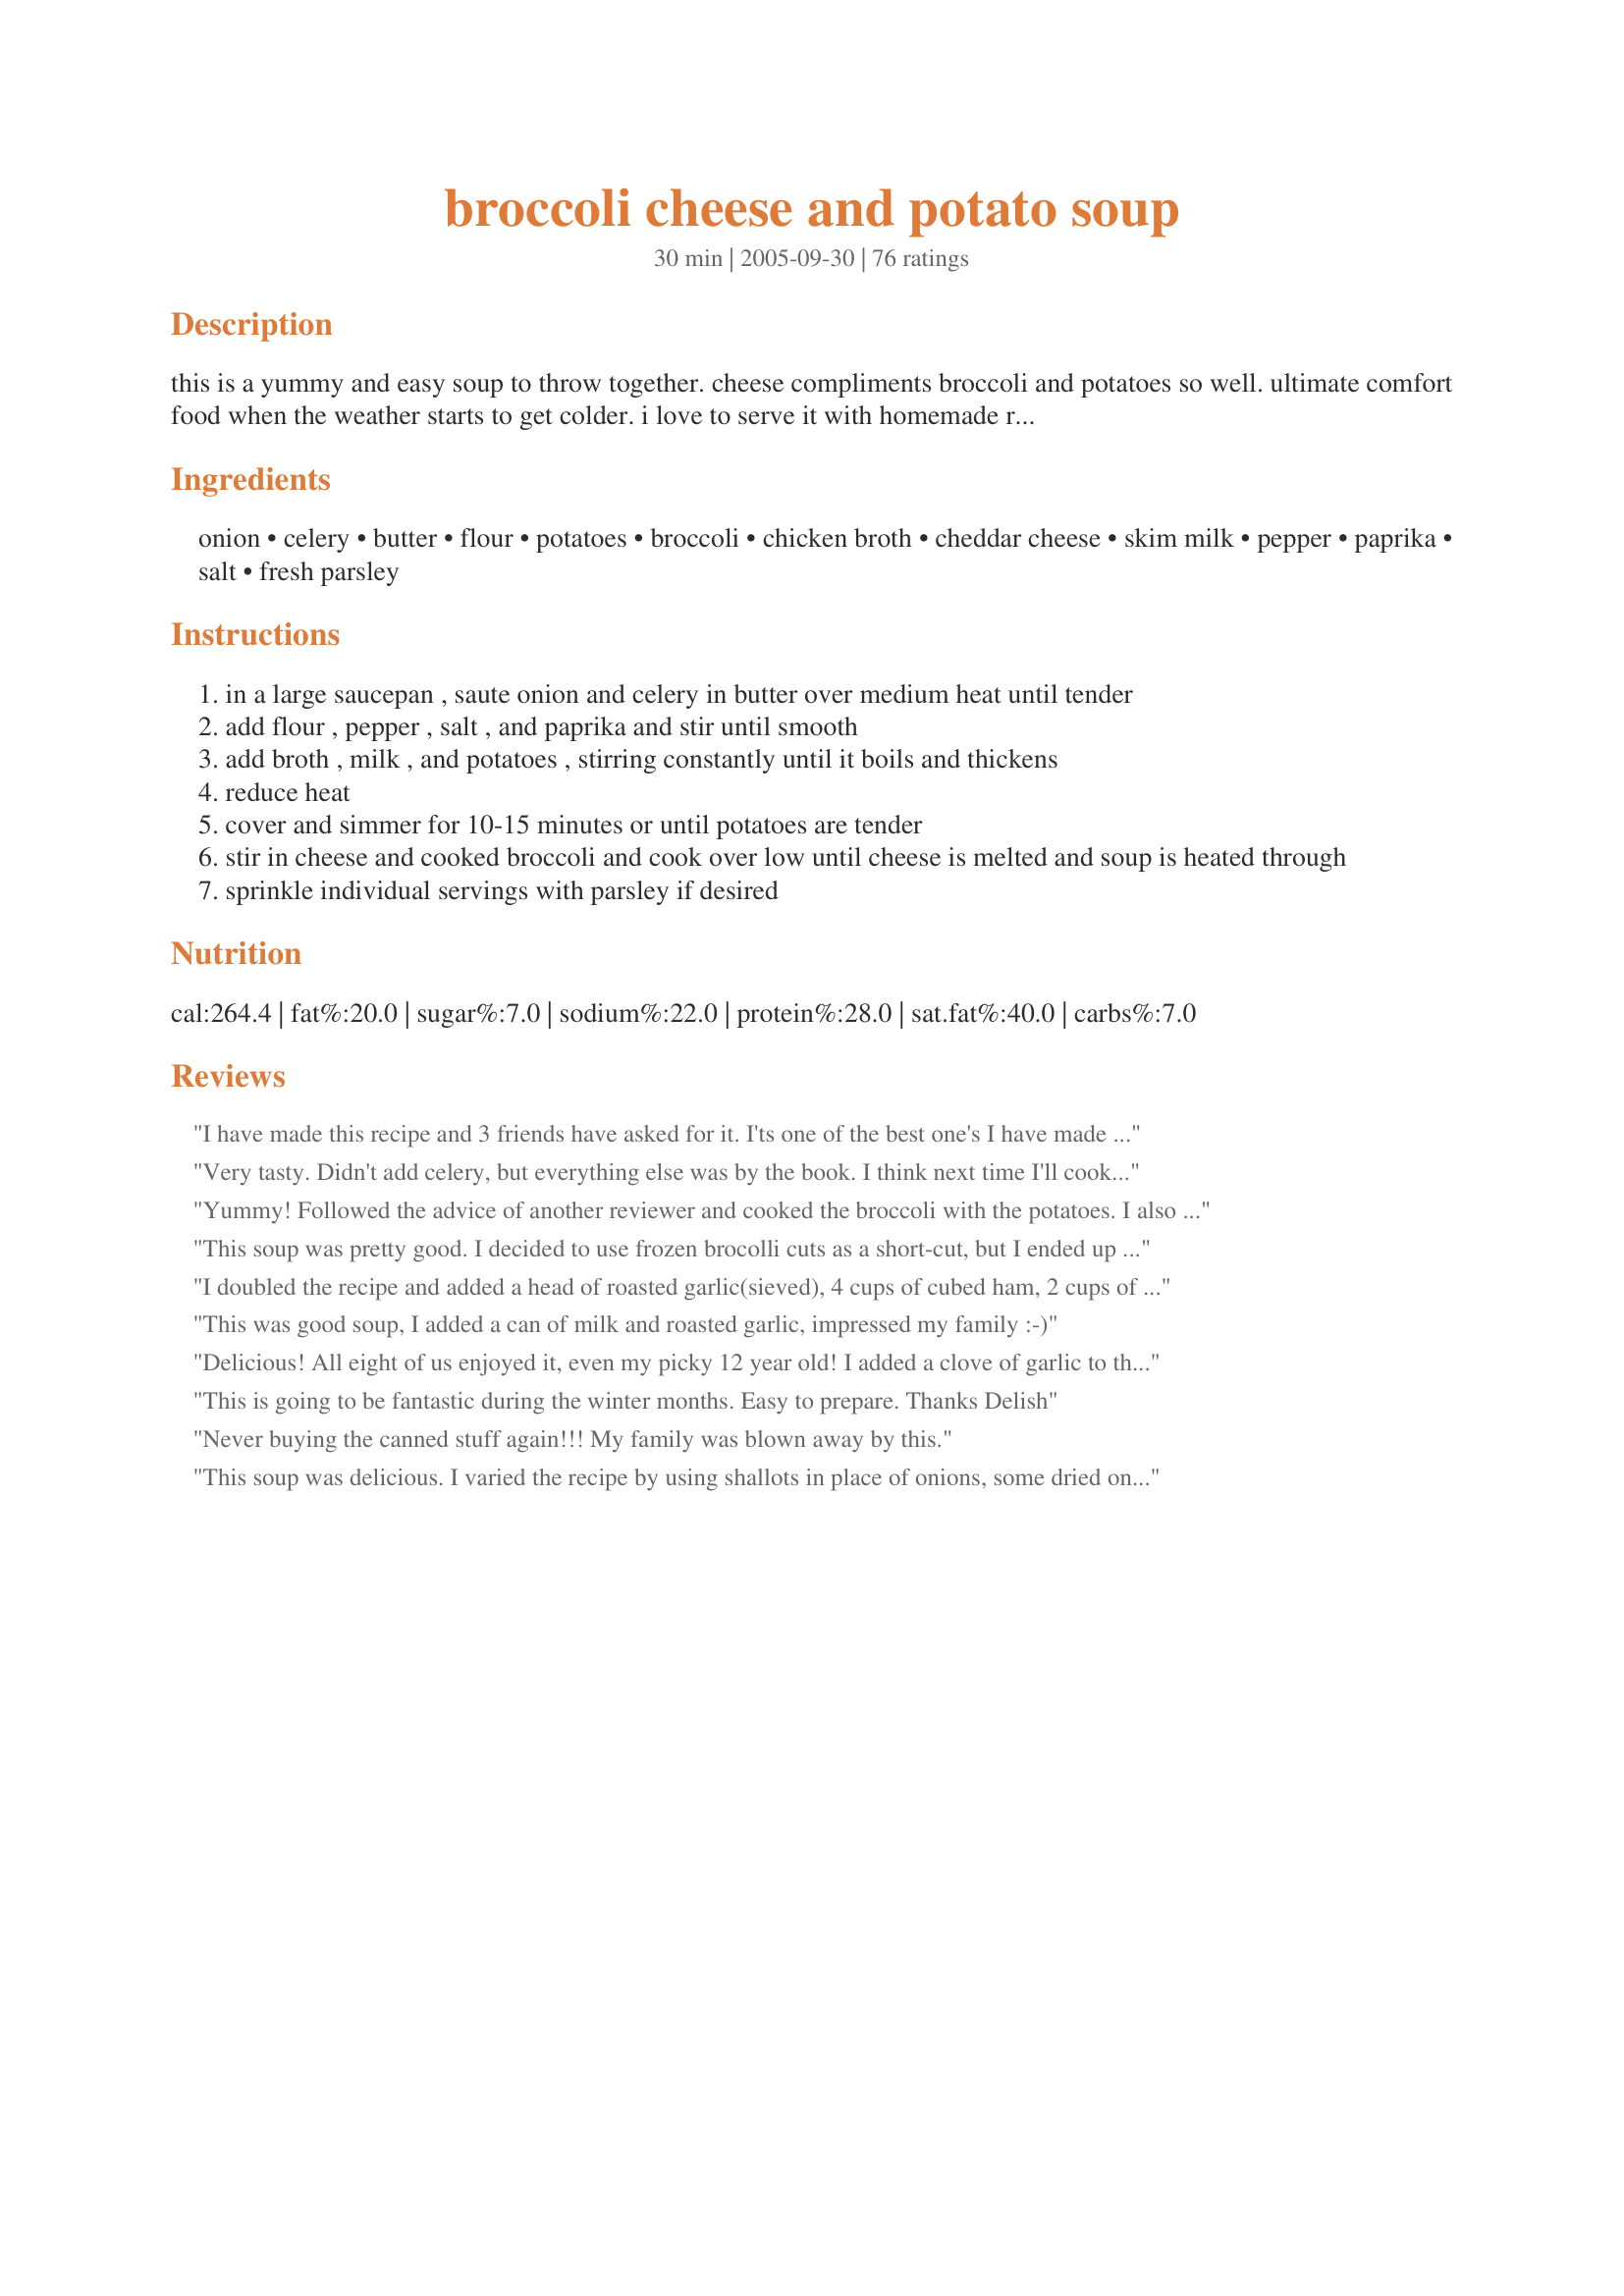
broccoli cheese and potato soup
Preparation time: 30 minutes

this is a yummy and easy soup to throw together. cheese compliments broccoli and potatoes so well. ultimate comfort food when the weather starts to get colder. i love to serve it with homemade rolls or bread and a salad. i make it with skim milk to cut back on calories but feel free to substitute whole milk or half-and-half for a creamier soup. if i'm really short on time, i just throw in a can of diced, already cooked potatoes towards the end of the cooking time until they are heated through. if you want a thicker soup, just add desired amount of flour mixed until smooth with an equal amount of water. mmmmmm....

Ingredients:
onion, celery, butter, flour, potatoes, broccoli, chicken broth, cheddar cheese, skim milk, pepper, paprika, salt, fresh parsley

Steps:
in a large saucepan , saute onion and celery in butter over medium heat until tender
add flour , pepper , salt , and paprika and stir until smooth
add broth , milk , and potatoes , stirring constantly until it boils and thickens
reduce heat
cover and simmer for 10-15 minutes or until potatoes are tender
stir in cheese and cooked broccoli and cook over low until cheese is melted and soup is heated through
sprinkle individual servings with parsley if desired

Reviews:
I have made this recipe and 3 friends have asked for it. I'ts one of the best one's I have made and it's very easy.
Very tasty. Didn't add celery, but everything else was by the book. I think next time I'll cook a little longer and mash the potatoes to make it more creamy.
Yummy! Followed the advice of another reviewer and cooked the broccoli with the potatoes. I also added garlic salt. Makes a great lunch.
This soup was pretty good. I decided to use frozen brocolli cuts as a short-cut, but I ended up having to cut some of the chunks into smaller chunks anyway, so this didn't save much time. I added the brocolli after about 15 minutes and then the soup took much longer than anticipated to cook the brocolli. I will use fresh brocolli next time and chop it thin.
I doubled the recipe and added a head of roasted garlic(sieved), 4 cups of cubed ham, 2 cups of shredded carrots and replaced 1/2 the milk with sour cream. It is Fantastic! But I would like it thicker so maybe less chicken broth next time.
This was good soup, I added a can of milk and roasted garlic, impressed my family :-)
Delicious! All eight of us enjoyed it, even my picky 12 year old! I added a clove of garlic to the onions, and used vegetable broth in place of chicken, and tossed the broccoli in raw for the last 20 min instead of precooking it. I also used a bit more paprika and pepper. It was awesome! Thanks!
This is going to be fantastic during the winter months. Easy to prepare. Thanks Delish
Never buying the canned stuff again!!! My family was blown away by this.
This soup was delicious. I varied the recipe by using shallots in place of onions, some dried onions, garlic powder and hot paprika. I also used sharp cheddar and a 3 oz. package of cream cheese to make it creamier. I used red skin potatoes with skin left on. It turned out great! Next time, I will use extra sharp cheddar and maybe add some mushrooms. I also tossed in the broccoli while the potatoes cooked and I will use more broccoli next time. Thanks for a great recipe. I will make this again!
Definitely the best broccoli cheese & potato soup recipe I've ever tried! I made a few changes to my own liking. I omitted the celery and instead added 1/2 cup chopped carrot. Adds more color too & I like the flavor better. To make it thicker I used 1 cup of half and half and just 1 cup of skim milk. I added 1 tsp garlic powder & another tsp of pepper for extra flavor. I pureed the soup some before serving so it wasn't so chunky and served in a sourdough bowl. It was delicious! Thanks Jennie!
Perfect! Soooo comforting and delicious. Exactly what I was looking for.
Absolutely wonderful recipe-I didn't change a thing and it was delicious!!
This is a great mild yet hearty and comforting soup.
I blended the soup somewhat and grated cheese just for my bowl and added a dash of Tabasco (because I like Tabasco with everything).
Delicious with a crisp pane di casa roll.
Yummy!!!! I made this today and everyone loved it! My son it's the best he has ever eaten. It was relly good and I will make this again and again! Thank you Delish...it was delish!!!
Very nice recipe. Easy to make and tastes quite yummy. Perfect for our very cold days here in Alaska!
Very good soup however I prefer creamier, cheesier, (more fattening obviously!) broc/chz soups. Happy to know I was saving some calories though! Thanks for posting.
I made this last night and will make it again. I liked the flavor and texture a lot. Next time, I will chop the broccoli much finer and put it in immediately with the potatoes so that it is cooked to mush. It was a little crunchy for a soup the way I did it. I didn't have celery, so I grated a carrot instead and added a shallot and some garlic. I will keep these changes, as they seemed to work well.
I made this with a few modifications - left out the celery because I didn't have it, more onion, added a carrot when I cooked the onion. I also used 1 cup of vegetable stock because I was out of chicken. Probably added more broccoli than the recipe called for and a few dashes of thyme. I used my hand blender to make it chunky and served with some crusty italian bread - yum! Thanks for sharing your recipe!
Very good on a cold night. Followed directions completely.
I made the soup last night and it turned out great. Followed the recipe however, I did not have any celery on hand and used the mini baby bell cheese instead of cheddar. The soup's consistency was just right. Simple and easy, thanks for the recipe!
I used to get a soup similar to this at a restaurant where we used to live. Since we moved I haven't had it but would often crave it. This recipe turned out wonderful and even my hubby who hates broccoli liked it :)
fast and easy and delicious! i used 900 mL of vegetable broth (just over 3 1/2 c), 2% milk and a little extra cheddar, and it came out beautifully!
This is such a great soup! When I made this, my husband said it was one of THE BEST things I've ever made! Pretty exciting. I also added a little extra cheese and skipped the paprika because I didn't have any, but this was so incredible! It's now one of my favorites----a NO FAIL!
Wonderful recipe! Great flavor! I used 1 cup of garlic and chives cheddar and 1 cup of sharp cheddar. It was super delicious! Thanks for sharing!
My family LOVES this soup, and it's so versatile! We didn't have broccoli on hand, so I used cauliflower instead. I did make a couple changes, just to make cooking a little easier: I used 2 cans of chicken broth, cooked the chopped cauliflower (doubled the amount) in the soup at the same time I added the diced potatoes, added garlic powder, and only used 1 1/3 cups cheese. For those who have never made a creamy cheese soup before, it really helps to turn the heat down to low for a few minutes BEFORE adding in the cheese. This will prevent curdling, which looks really un-appetizing!
so rich and creamy while low in calories. we did find it a bit bland initially but a generous dash of Tabasco really made it
Soooo good
Excellent! It was a family winner, and very easy to prepare.
this tasted just like a wendy's baked potato w/ broccoli in soup form, very good!!
Loved the flavour and consistency of this soup. I didn't use celery and I didn't feel it was missing anything. I did use whole milk and a bit more broccoli. I skipped steaming the broccoli and threw it in the last 5 minutes of simmering. I pureed some of it for my toddler and that tasted great too.
This soup is so great! It's creamy and just the right thickness. I didn't have to change or modify anything! Thank you for a perfect, delicious, and heartwarming recipe, :)
Great recipe! Just threw in a little hot sauce and a touch of sour cream at the end, to cut the fat. Delicious.
So good and easy! Husband brought home a 3 lb bag of broccoli and there are only 2 of us! That was a lot of broccoli, so this soup fit the bill and used up a little bit. But it was so good! I left the skin on the potatoes, used whole milk and shredded sharp cheddar cheese, worked for this household, thanks!
We loved this. I left the celery out and used 2% milk. I also served it with cooked, crumbled bacon on top!
I loved this! And so did my husband!!! We are excited to have left overs of it too since I made double the amount. Although I did change the recipe just a bit.. by starting out with cooking some chicken seasoned with salt, cracked pepper & garlic powder & letting it brown at the beginning w/the 'onions' & 'celery'. After that I followed the recipe above.. yet throwing in the broccoli with everything else.. & also added some 'mushrooms' and it turned out great!! It didn't really need the cheese to be honest though. There was plenty of flavor as it was! But if you're a cheese lover, it doesn't hurt! Anyway, this is my new favorite soup! If anyone's ever heard of Panara Bread, it tastes very similar to how they serve it! YUMM!!! Also, on the side it was good to have some buttered bread rolls to dip into it too! What an awesome recipe!
My hubby loved it I added a bag of frozen broccoli w/ cauliflower &amp; bacon bits since that&#039;s what I had on hand. Great for fall weather.
Good and very filling. I added more broccoli just because I love it, so then I needed a little more milk. I only had a very mild cheddar cheese in the house- I think a very sharp cheddar would be good in this soup. Thanks for sharing!
Made this wonderful recipe for dinner tonight. Made it as written...except let it simmer for 2 hours on low low heat. Served it with a crusty French Baguette. It was absolutely delicious and the fam loved it! This is definately going to be on our rotating menu! Thanks for posting this "Delish!"
Good simple soup. Made it with leftovers from the fridge - boiled potatoes and steamed broccoli and about 1/4 cup of mashed potatoes. Perfect for a quick dinner.
Very good. I added double the suggested amount of broccoli and cheese. I used a medium cheddar but will be using a sharp cheddar next time. I think sharp will give it a little more punch.
Very good and comforting soup.
this is a great recipe! i agree it should perhaps have a little more broccoli than the recipe calls for but its a great soup... besides, i impressed my gf with it :-)
We finally had our first crisp, cool fall day yesterday and soup was definitely on my agenda. After searching through recipes, I decided that this one sounded most like what I was hungry for. It hit the spot perfectly! I used 2% milk, part sharp cheddar and part pepper jack (didn't have quite enough cheddar on hand), and baby broccoli florets instead of chopped broccoli. I also just added the broccoli partway through cooking the potatoes, rather than steaming it separately and adding it at the end. I did end up thickening it a bit more, as I wanted it pretty thick. We really enjoyed it--thanks for posting!
Wow, this soup is great. I really struggle to get my family (especially my boys) to eat any kind of vegetable. In this soup they gobbled everyting up. Thanks!
Very good soup. I made some changes - used carrots as I was out of celery. Used half olive oil/half butter. Used garlic salt instead of regular. Used more broccoli than called for and added it with the potatoes. Also used vegetable broth instead of chicken-- thought it was a little thick at the end (maybe because I cooked the broccoli in the soup?) so added about 2 -3 cups more broth. I also added instead of the milk, a 50/50 mixture of 1 can of evaporated milk and 1 can skim (i was low on skim). Also, to save on calories, I only added a bit of cheese to each bowl. Oh, and i forgot I added a few bay leaves while it simmered. Very yummy.
This soup was excellent, though it could use a little more liquid. Maybe change the chicken broth from 3 to 4 or 5 cups. Very appetizing - good recipe!
I made a few adjustments and it came out really hearty and thick. Wonderful soup. I listed the changes I made in the “tweaks” tab along with a photo.
This was delicious. I only used about 1 cup of cheese (it&#039;s what I had on hand in the fridge) and used 1 entire 16 oz bag of defrosted broccoli florets. Additionally, I added an 8 oz diced ham steak. With a side of cornbread it was a hit!!!!!
I was looking for something different to do with potatoes for tonite and found this soup. I liked the idea of the brocolli to get some veggies in it. 

I cooked the brocolli right in the soup as another reviewer did and that worked out really well. I figured it's healthier that way and it's easier. 

I also used med sized red potatoes and I left the skin on - again because it's healthier. I mashed the potatoes a bit with a hand held masher when the soup was done. 

This soup was a big hit. My fiance loved it and I really enjoyed it too. It was very easy to make. Thanks for a great recipe.
We loved it. Very easy and quick soup. I didn't have enough shredded cheddar, so I used half Velveeta. I used frozen broccoli because that was what I had. I also used half-and-half rather than skim milk, personal preference, and I like a richer soup. Good stuff. I sent some to my neighbor, who is a vegetarian. She loved it, too.
Very good soup. I followed the recipe in addition to adding garlic to the onions. Super good soup. Definitely making again!
I made this soup and it came out so good that I made it again two days later when my brother and his family came to visit. Everybody, including the youngest who is two, loved it. I had been looking for a recipe for my crock pot but this is so quick, easy and delicious that I have stopped my search. I will try added some carrots next time cause it sounds good to me. I use frozen chopped broccoli and add it about five minutes after the potatoes. Will be made again and again.
Excellant. easy to make. It is a keeper.
Very good. I used a bit less butter and also less cheese, but the results were still very tasty. My husband and my 1 1/2 year old loved it too!
This soup was so yummy and very easy to make! My husband and picky 3yo ate it and thought it was delish. I made a few alterations as well. I added 2 cloves minced garlic with the onion, I used fat free half and half instead of skim milk, and added a few tbsp of cream cheese at the end. Next time I will try adding bacon crumbles to each bowl for serving. I also tried this soup before adding the broccoli and it was soooo yummy. Thank you for an excellent quick go-to meal! Great for a cold day!
Absolutely LOVED making this recipe! Instead of potatoes I added a large zucchini from my garden and it got RAVE reviews! So good I added it to my main cookbook here and will definitely make again! Thanks for the recipe! *S*
I needed a quick dinner for Halloween and I am so glad that I tried this recipe! It's very easy and goes together quickly. I made the soup as Delish posted and the flavor is great! I did use more salt and pepper than called for. It would be great with a dash or two of Tabasco as well. Thank you for posting a keeper!
Mmmmm..I followed directions perfectly but tweaked it just a tad adding chopped bacon and 2 sliced carrots as well!!!!! Delicious in a sourdough bread bowl!!!!
This soup was delicious and one of the best soups I've ever made! My husband and 5 year old daughter loved it. It was very quick and easy to make. I had broccoli and red potatoes from my CSA box and thought a soup would be a good way to use up some of the veggies. I used shallots instead of the onion and I didn't peel my potatoes. Before adding the cheese, I used an immersion blender to make it a bit smoother, but still chunky.
This was great! I didn't have any onions, so I threw in a clove of garlic. I used 2% milk and 2% cheese and it was a huge hit even with my 5 and 6 year olds. I also left the skin on my potatoes and cooked the broccoli in the soup. Turned out perfectly! Thanks!
Very good soup. Next time I'll add a little more cheese, but only because we wanted a really cheesy soup. I also added some cooked and crumbled bacon to each serving (per other recipes) and that added a nice crunch, but wasn't necessary.
Made this tonight and loved it! I used a potato masher to make it a little more thick and hearty. Instead of steamed, I had some leftover roasted broccoli and yellow bell peppers that I chopped up and tossed in. Crumbled a little bacon on top. This easy and delicious recipe is a keeper for sure!
This soup was soooo delicious... Mmm... Very simple recipe!! I will def. be making this again.
Excellent and filling soup on a chilly winter day! Used heavy whipping cream and 4 cups of chicken broth, omitted salt and parsley adding Harwood smoked bacon w/Hawaiian bread rolls on the side. Fantastic! Thanx for sharing! The addition of broccoli and cheddar to liven up potato soup is a no-brainer on the yum side!
Really good! I will try adding a little garlic next time.
The secret to this recipe is in using quality, fresh, organic ingredients (butter, not marg; shallots/scallions instead of onions; sharp, artisanal cheddar; red potatoes w/ skin on), making a good roux (skim milk can be made satisfyingly creamy with a proper roux), and leaving the veggies nice and chunky. In addition to using skim milk, we made it lower fat by also cutting the amount of butter & cheese in 1/2). Served with warm, crusty, whole-wheat rolls...mmmmmmmmm...deeeeelish! :D
My husband said this was the best soup he ever had! He kept repeating "that it was awesome." I made a few minor adjustments. Added 1 tsp each of garlic powder and onion powder and another 1/4 tsp of pepper. I didn't steam the broccoli. I put it in during the last 5 minutes of cooking the potatoes Then I transferred the mixture into my crockpot on high for 1 hour. Then strained out about 1/2 C of potatoes and broccoli, mashed them up and returned it to the crock pot stirred and cooked on low for 1 more hour. Stirred in the cheese and devoured this wonderful soup.
This might have been a 5* recipe if there was a better balance between the broccoli and potato. As it stands, it's a wonderful soup but could use less potato and more broccoli. I made some minor changes - used 1T olive oil to replace 1T of the butter, and I used 1/2c less cheese. After seeing a lot of the reviewers use 2% or whole milk, I was a bit concerned about using fat-free milk - but went ahead and did so. It worked out fine because there is plenty starch from the potato to thicken the soup. I also threw in a few cloves of garlic.
Love, love, love! I've made this a few times now and have completely vetoed adding any salt. I also just throw the raw broccoli directly into the soup and let it cook instead of pre-steaming. Great recipe!
Made according to the recipe and it was amazing! Reheated really well too. Will be adding this to my binder of favorites! thanks :)
Turned out really good with a little tweaking- added 1 c diced carrots instead of celery, used a 12oz steam bag of broccoli, chopped small, 12 oz sharp/extra sharp cheddar mix, whole milk, 1/2 tsp pepper, 1 tsp salt, and 1 1/2 tsp minced garlic. Family loved it soooo much.
My daughter is a picky eater. I have a difficult time finding anything healthy to give her. She liked this soup. I made it as written except I used 4 cups of homemade chicken broth http://www.geniuskitchen.com/recipe/kittencals-best-chicken-stock-broth-crock-pot-option-118258 and I also used 2% milk. Thank you!
Great Recipe! I added carrots and garlic powder. It was soooo good! Also, added the fresh broccoli about five minutes into simmering then recovered and continued simmering for about another ten minutes. I'll be using this one again.
Good recipe, although I do make a few altercations. I use red potatoes & leave the skin on them, I also add mashed potatoes to it to make it thicker. Sometimes I will add green onions with the regular onions as well. This is a GREAT soup to make with bread-bowls!
Very good soup. Wil make again.
